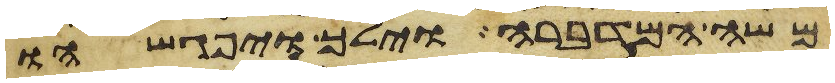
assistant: משה המדברה וילך ויפגשהו